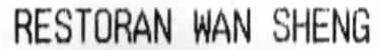
RESTORAN WAN SHENG